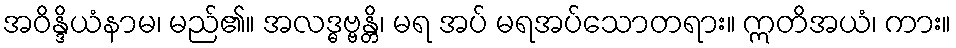
အဝိန္ဒိယံနာမ၊ မည်၏။ အလဒ္ဓဗ္ဗန္တိ၊ မရ အပ် မရအပ်သောတရား။ ဣတိအယံ၊ ကား။